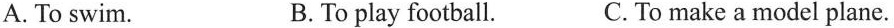
A. To swim. B.To play football. C. To make a model plane.